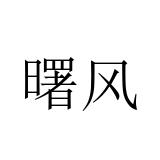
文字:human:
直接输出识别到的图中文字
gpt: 曙风